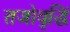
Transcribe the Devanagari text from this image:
तजोवृद्धिं